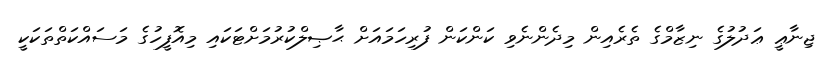
ޖިނާޢީ ޢަދުލުގެ ނިޒާމްގެ ތެރެއިން މިދެންނެވި ކަންކަން ފުރިހަމައަށް ޙާޞިލްކުރުމަށްޓަކައި މިއޮފީހުގެ މަސައްކަތްތަކަކީ